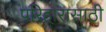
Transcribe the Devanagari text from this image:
परिहारासाठी